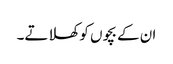
ان کے بچوں کو کھلاتے۔